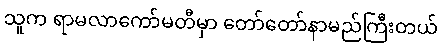
သူက ရာမလာကော်မတီမှာ တော်တော်နာမည်ကြီးတယ်